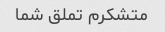
متشکرم تملق شما